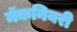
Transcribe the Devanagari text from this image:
मॅकनियरी